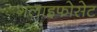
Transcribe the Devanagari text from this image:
गलाइफोसेट